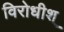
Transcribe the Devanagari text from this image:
विरोधीश्